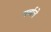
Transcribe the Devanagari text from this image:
गर्वाचे